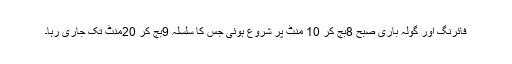
فائرنگ اور گولہ باری صبح 8بج کر 10 منٹ پر شروع ہوئی جس کا سلسلہ 9بج کر 20منٹ تک جاری رہا۔